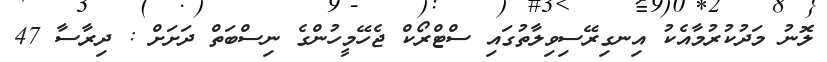
ލޮނު މަދުކުރުމާއެކު އިނގިރޭސިވިލާތުގައި ސްޓްރޯކް ޖެހޭމީހުންގެ ނިސްބަތް ދަށަށް : ދިރާސާ 47